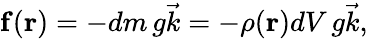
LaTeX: \mathbf{f}(\mathbf{r})=-dm\, g{\vec{k}}=-\rho(\mathbf{r})dV\, g{\vec{k}},